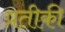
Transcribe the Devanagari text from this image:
प्रतीकी